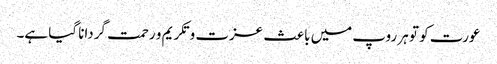
عورت کو تو ہر روپ میں باعث عزت و تکریم و رحمت گردانا گیا ہے۔